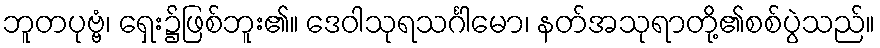
ဘူတပုဗ္ဗံ၊ ရှေး၌ဖြစ်ဘူး၏။ ဒေဝါသုရသင်္ဂါမော၊ နတ်အသုရာတို့၏စစ်ပွဲသည်။